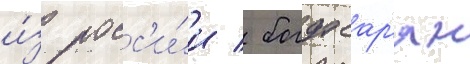
и́з росс'и́и / богдасар'ян